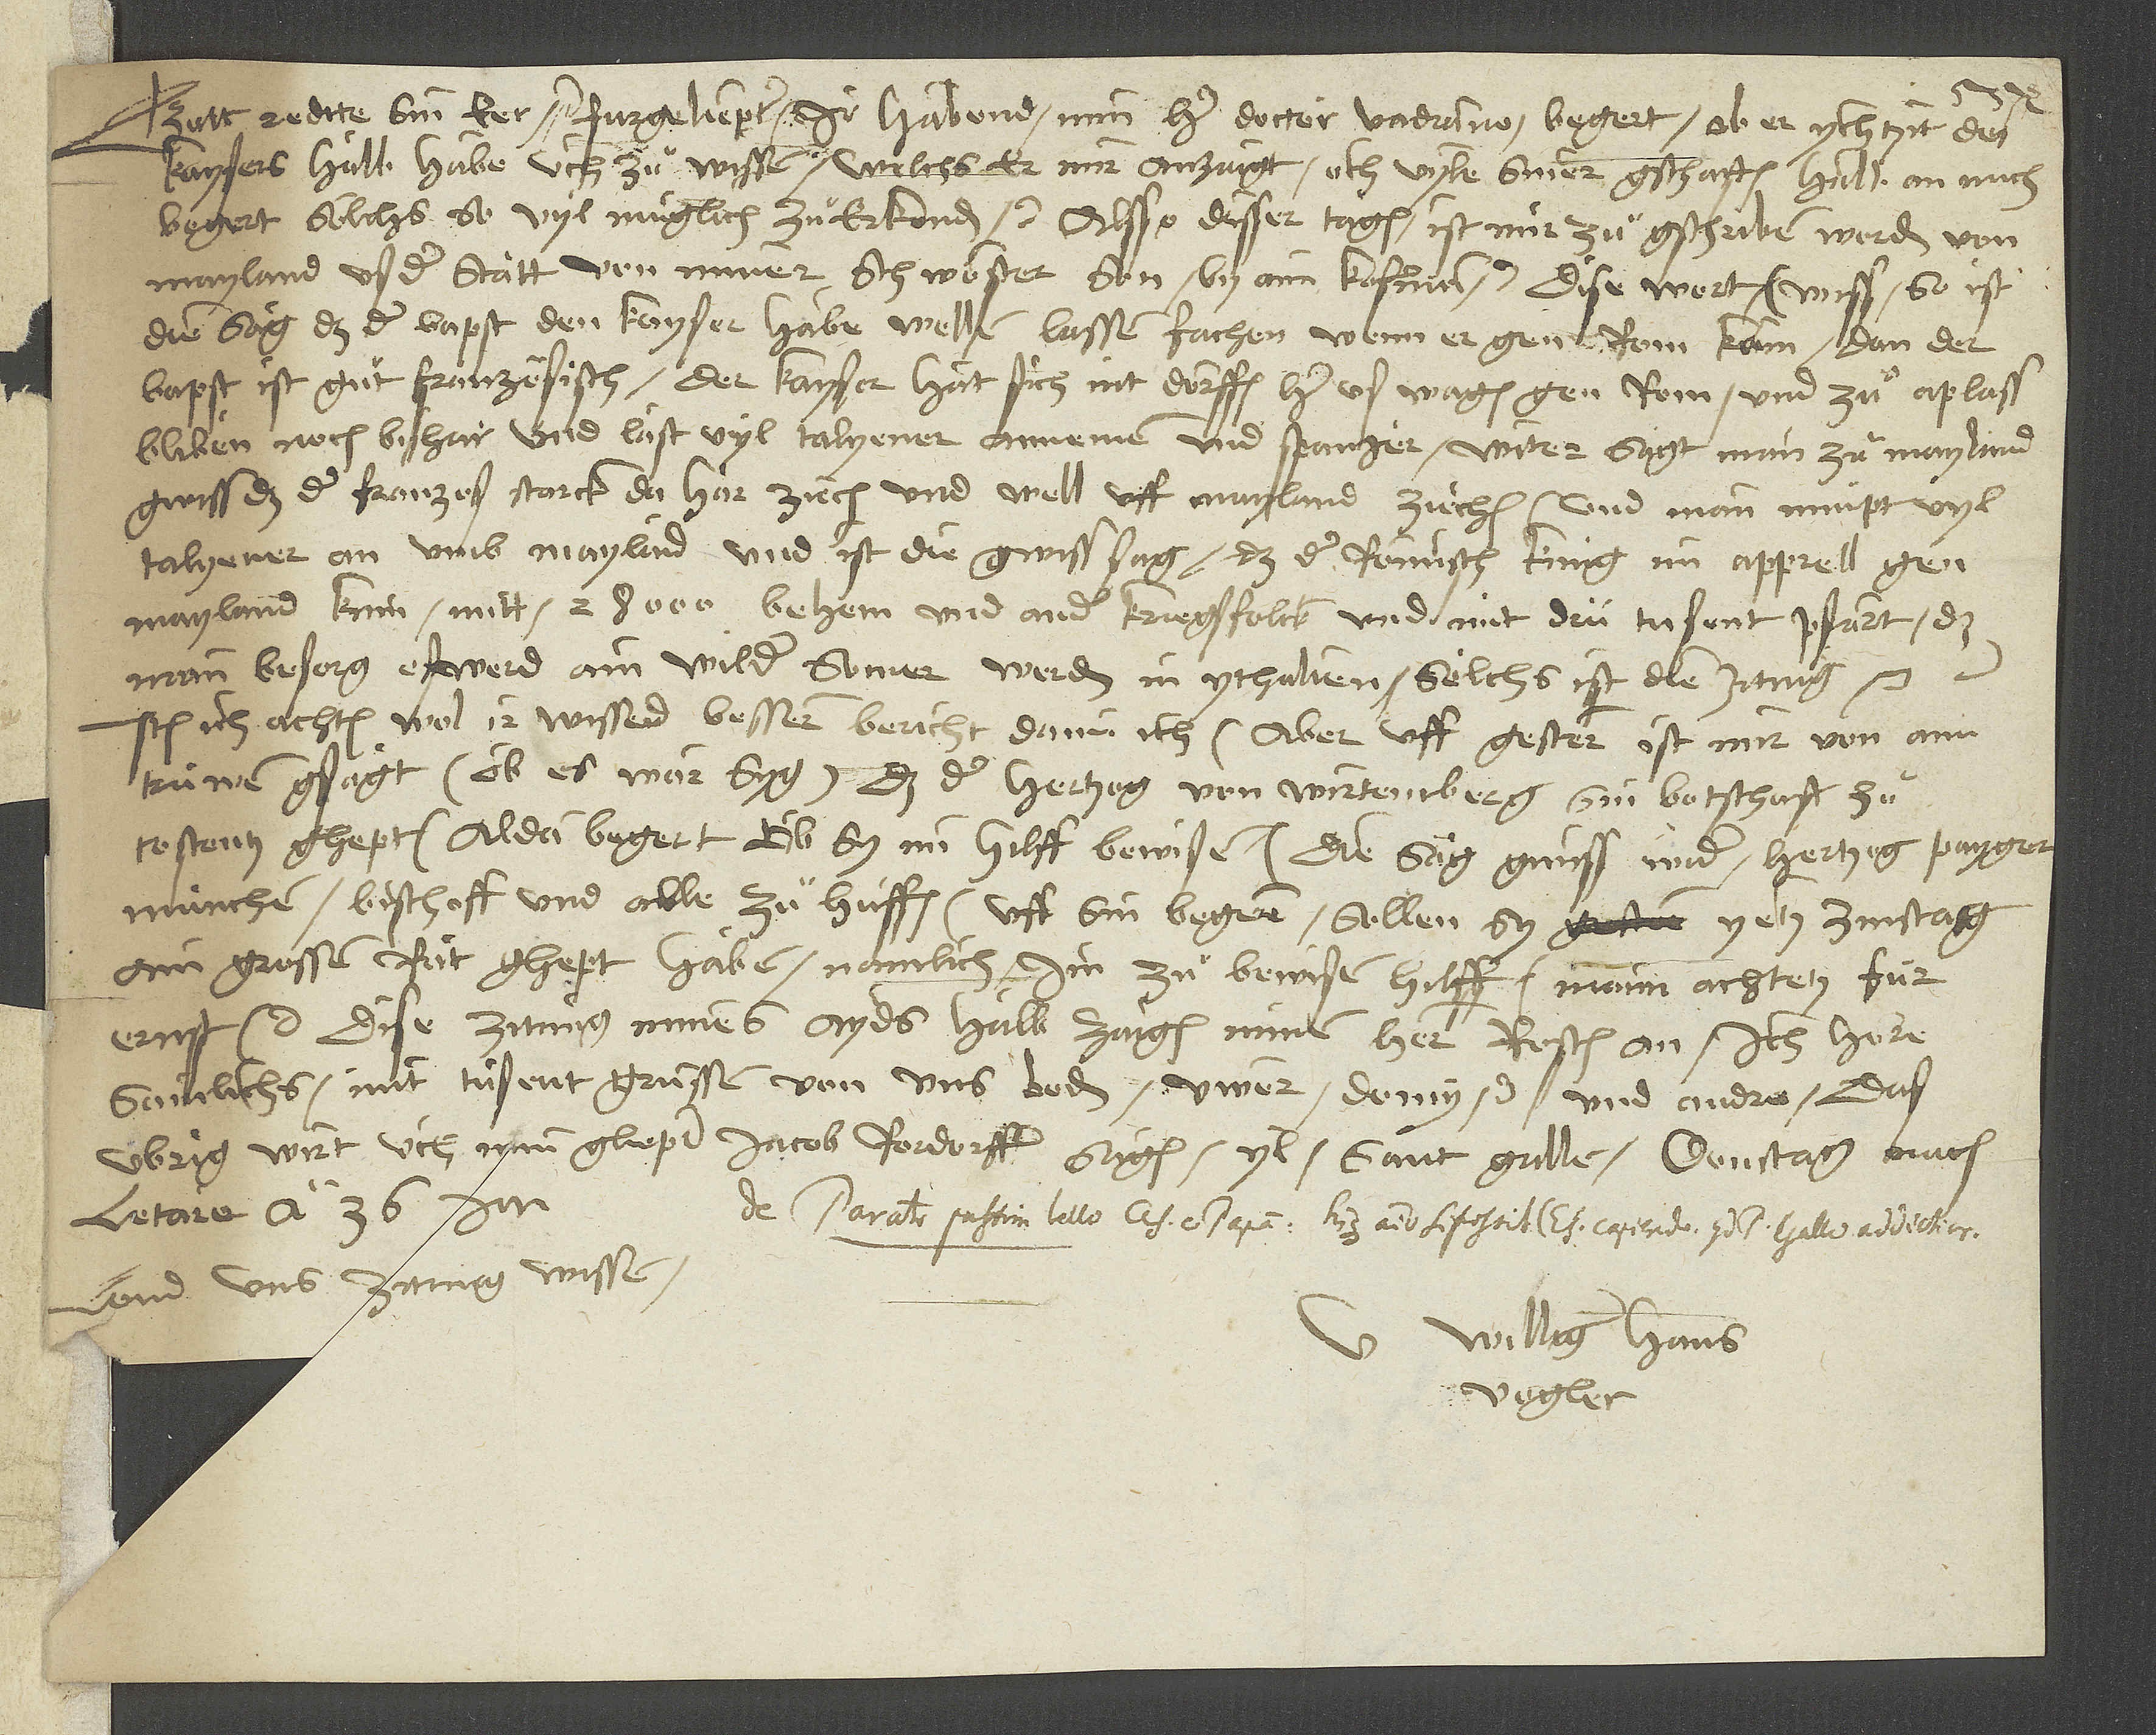
Gott redtte sin eer. Furgeliepter, ir habend min her doctor Vadiano begert, ob er ychtzit des
kaysers halb habe, üch zuͦ wissen. Welchs er mir anzaigt, och vyle siner gschaften halb an mich
begert, solchs so vyl müglich zuͦ erkonden etc. Alsso disser tagen ist mir zuͦgschriben worden von
Mayland us der statt von miner schwöster son by aim kofman etc. dise wort: "Wiss, so ist
die säg, daß der bapst den kayser habe wellen lassen fachen, wenn er gen Rom käm; dan der
bapst ist guͦt französisch. Der kayser hat sich nit dörffen herus wagen gen Rom und zuͦ Aplass
bliben noch bishar und läst vyl Talyener annemen und Spanjer. Witer sagt man zuͦ Mayland
gwiss, daß der Franzos starck da här ziech und well uff Mayland züchen, und man nimpt vyl
Talyener an umb Mayland, und ist die gwiss sag, daß der römisch kinig im apprell gen
Mayland kum mitt 28000 Behem und ander kriegsfolck und mit drü tusent pfärt, daß
man besorg, es werd ain wilder somer werden in Ythalien." Sölchs ist die zitung etc.
Item, ich achten wol, ir wissend besser bericht dann ich, aber uff gester ist mir von aim
trüwen gsagt (ob es war syg), daß der hertzog von Wirtemberg sin botschaft zuͦ
Costentz ghept, alda begert, ob sy im hilff bewisen, die säg, gwiss wider hertzog Payger,
München, bischoff und alle zuͦ huffen. Uff sin beger sollen sy yetz zinstag
ain grossen rät ghept haben, namlich im zuͦ bewisen hilff. Mann achtetz für
ernst etc. Dise zitung mines ayds halb zaigen minem her Resch an, ich höre
sömlichs. Mit tusent grüssen von uns beden, üwer demy etc. und andre. Das
ubrig wirt üch min gliepter Jacob Rordorffer sagen. Y1. Sant Gallen, donstag nach
letare anno 36. jar.
Lond uns zitung wissen.
williger Hans
Vogler.